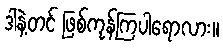
ဒါနဲ့တင် ဖြစ်ကုန်ကြပါရောလား။